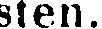
sten.